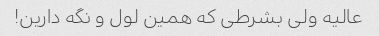
عالیه ولی بشرطی که همین لول و نگه دارین!